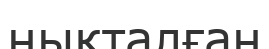
нықталған